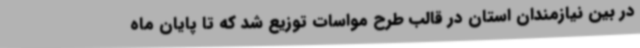
در بین نیازمندان استان در قالب طرح مواسات توزیع شد که تا پایان ماه